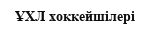
ҰХЛ хоккейшілері